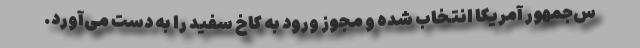
س‌جمهور آمریکا انتخاب شده و مجوز ورود به کاخ سفید را به دست می‌آورد.